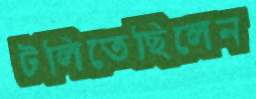
টলিতেছিলেন